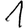
Digit: 1